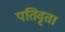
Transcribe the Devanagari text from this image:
पतिवृता